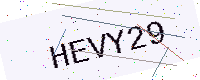
Text: HEVY29